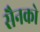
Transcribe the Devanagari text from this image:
सैनको